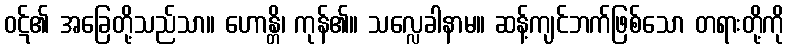
ဝဋ်၏ အခြေတို့သည်သာ။ ဟောန္တိ၊ ကုန်၏။ သလ္လေခါနာမ။ ဆန့်ကျင်ဘက်ဖြစ်သော တရားတို့ကို